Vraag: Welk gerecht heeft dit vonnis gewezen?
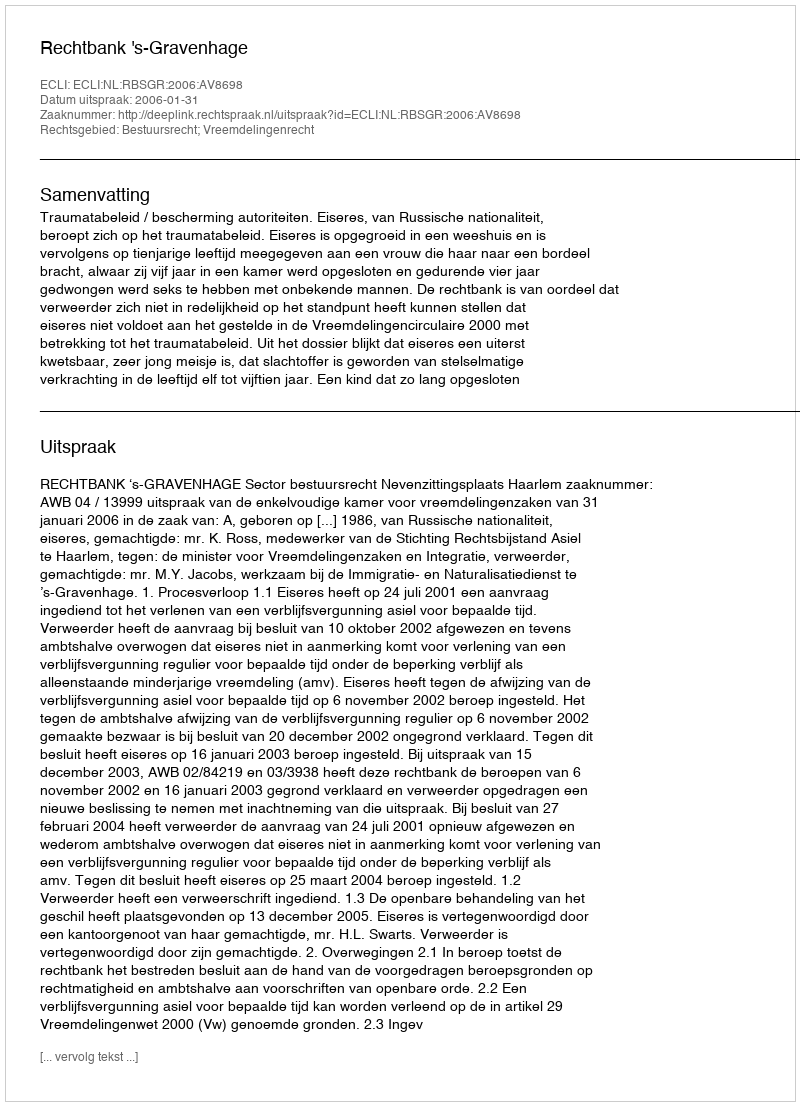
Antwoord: Rechtbank 's-Gravenhage